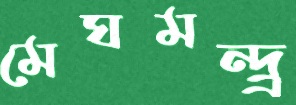
মেঘমন্দ্র্র